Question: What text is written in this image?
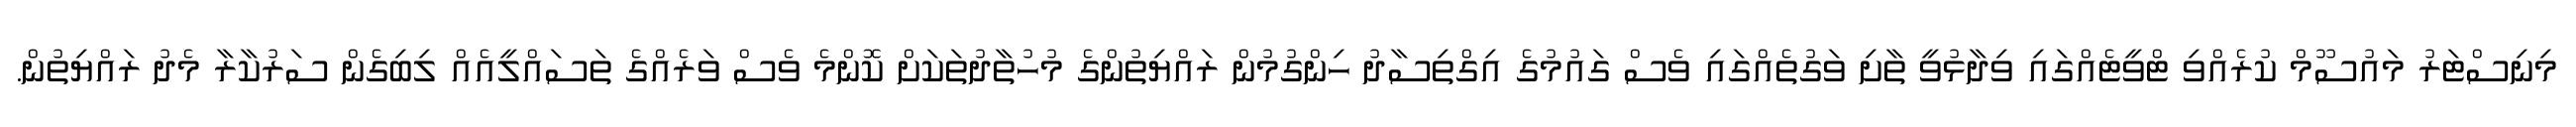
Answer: މިނިސްޓަރު މައުސޫމް ކުރެއްވި ޓްވީޓެއްގައި ވިދާޅުވީ ތާށި ވަގުތެއްގައި ވެސް ގައުމުގެ އިގްތިސާދު ހިންގުމުން ރައްޔިތުންގެ މުހުތާދުތަކަށް ކޮންމެ ވެސް ވަރެއްގެ ތަސައްލީއެއް ލިބިގެން ސަރުކާރާ މެދު ރައްޔިތުން.